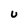
Character: U